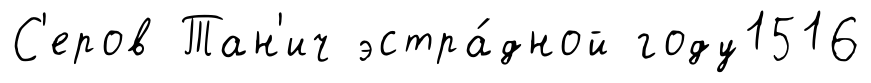
С'еров Тан'ич эстра́дной году1516